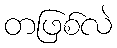
တဖြစ်လဲ